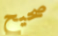
صحيح